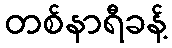
တစ်နာရီခန့်